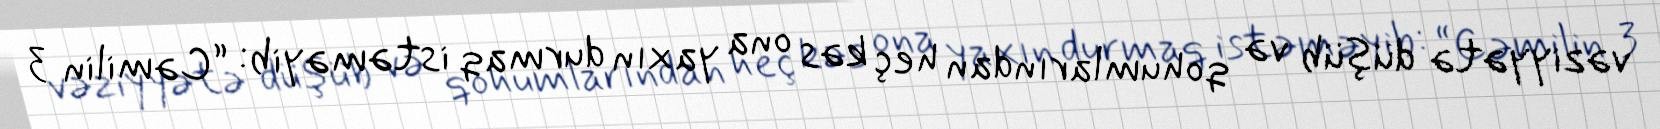
vəziyyətə düşüb və qohumlarından heç kəs ona yaxın durmaq istəməyib: “Cəmilin 3